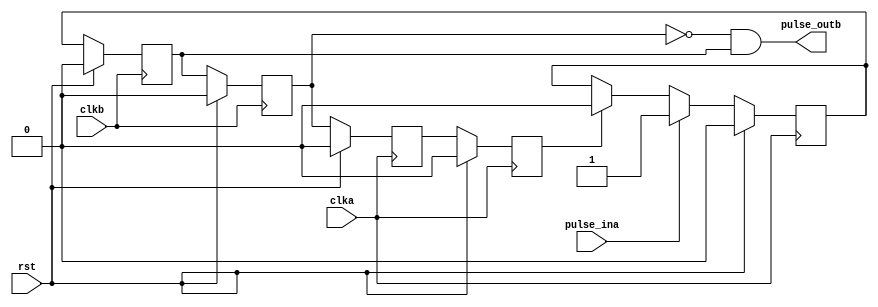
module sync_pulse
(
    input   clka,
    input   clkb,
    input   rst,
    input   pulse_ina,      
    output  pulse_outb     
);
//--------------------------------------------------------
reg         signal_a;
reg         signal_a_r1;
reg         signal_a_r2;
reg         signal_b;
reg         signal_b_r1;

always @(posedge clka)begin
    if(rst)begin
        signal_a <= 1'b0;
    end
    else if(pulse_ina) begin        
        signal_a <= 1'b1;          
    end
    else if(signal_a_r2) begin      
        signal_a <= 1'b0;          
    end
end


always @(posedge clkb)begin
    if(rst)begin
        signal_b    <= 1'b0;
        signal_b_r1 <= 1'b0;
    end
    else begin
        signal_b    <= signal_a;
        signal_b_r1 <= signal_b;
    end
end

always @(posedge clka)begin
    if(rst)begin
        signal_a_r1 <= 1'b0;
        signal_a_r2 <= 1'b0;
    end
    else begin
        signal_a_r1 <= signal_b_r1;
        signal_a_r2 <= signal_a_r1;
    end
end


assign pulse_outb = ~signal_b_r1 & signal_b;

endmodule